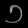
Digit: ၁